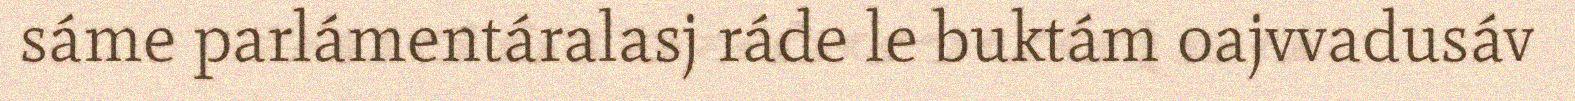
sáme parlámentáralasj ráde le buktám oajvvadusáv